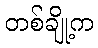
တစ်ချို့က